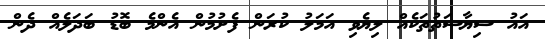
އައު ސިޔާސަތުތަކެއް ލިޔެވި އަމަލު ކުރަން ފެށުމުން އެންމެ ބޮޑު ބަދަލެއް ދެން